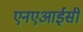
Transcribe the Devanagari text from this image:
एनएआईसी